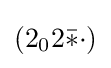
(2_{0}2{\bar {*}}{\cdot })